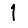
Digit: 1